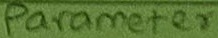
Text: Parameter